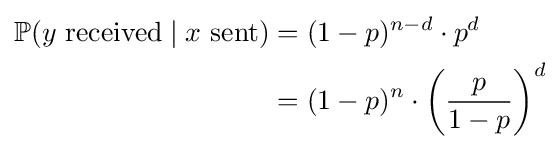
{\begin{aligned}\mathbb {P} (y{\mbox{ received}}\mid x{\mbox{ sent}})&{}=(1-p)^{n-d}\cdot p^{d}\\&{}=(1-p)^{n}\cdot \left({\frac {p}{1-p}}\right)^{d}\\\end{aligned}}